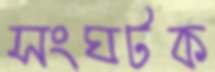
সংঘটক